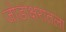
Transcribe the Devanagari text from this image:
जोडाक्षरातला